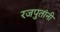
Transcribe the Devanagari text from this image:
रजपुतांनी